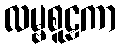
လမ္ဗစူဠကာ